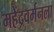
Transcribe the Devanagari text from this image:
महेंद्रवर्मनला